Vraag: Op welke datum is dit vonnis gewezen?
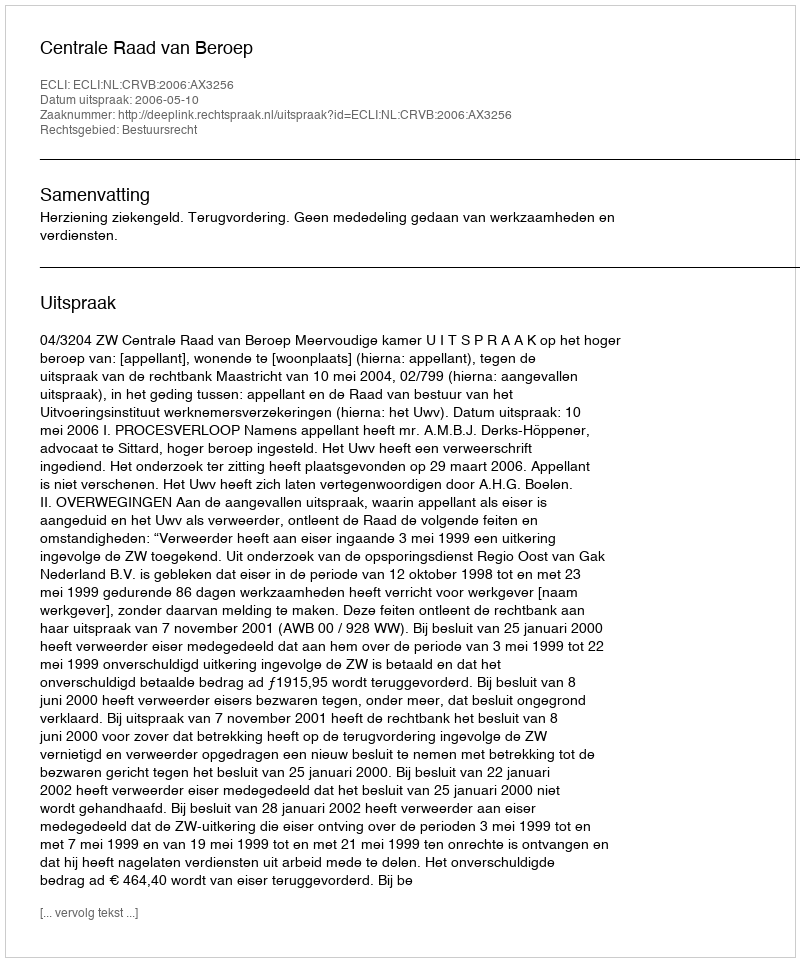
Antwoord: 2006-05-10